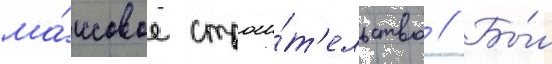
ма́ссовое строи́т'ельство // Бы́л